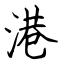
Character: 港